Vaccination in the Punjab 1905-1918 - 1905-1918
Year: 1905
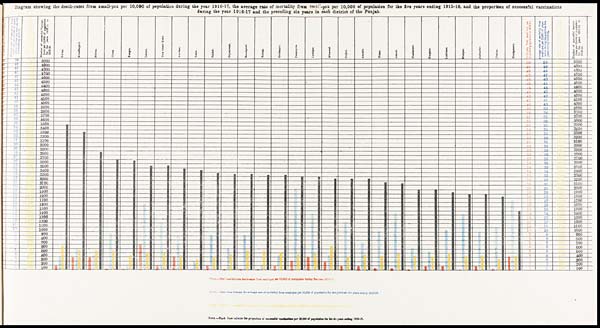
Diagram showing the death-rates from small-pox per 10,000 of population during the year 1916-17, the average rate of mortality from small-pox per 10,000 of population for the five years ending 1915-16, and the proportion of successful vaccinations
during the year 1916-17 and the preceding six years in each district of the Punjab.